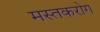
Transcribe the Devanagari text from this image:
मस्तकरोग